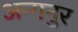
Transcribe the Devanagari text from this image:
अन्गनुर